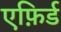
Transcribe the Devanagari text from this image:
एफ़िर्ड